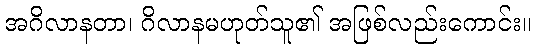
အဂိလာနတာ၊ ဂိလာနမဟုတ်သူ၏ အဖြစ်လည်းကောင်း။